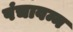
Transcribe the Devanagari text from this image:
पंचावन्न